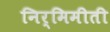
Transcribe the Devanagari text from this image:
निर्मिमीती